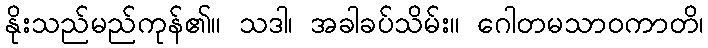
နိုးသည်မည်ကုန်၏။ သဒါ၊ အခါခပ်သိမ်း။ ဂေါတမသာဝကာတိ၊